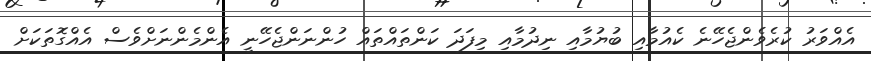
އެއްވަރު ކުރެވެންޖެހޭނެ ކެއުމާއި ބުޔުމާއި ނިދުމާއި މިފަދަ ކަންތައްތައް ހުންނަންޖެހޭނީ އެންމެންނަށްވެސް އެއްގޮތަކަށް